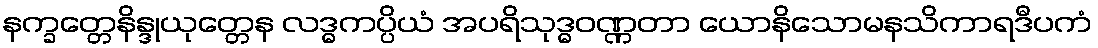
နက္ခတ္တေနိန္ဒုယုတ္တေန လဒ္ဓကပ္ပိယံ အပရိသုဒ္ဓဝဏ္ဏတာ ယောနိသောမနသိကာရဒီပကံ